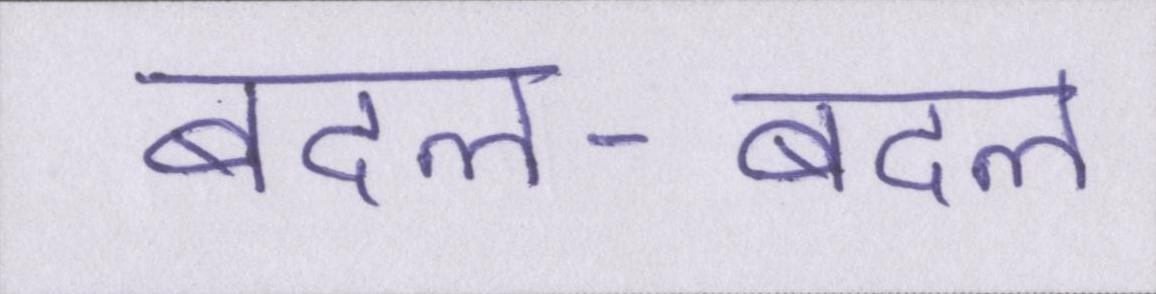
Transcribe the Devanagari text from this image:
बदल-बदल